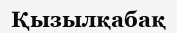
Қызылқабақ